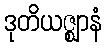
ဒုတိယဇ္ဈာနံ